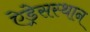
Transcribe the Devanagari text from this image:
ऐड्रेसस्थान